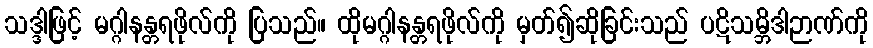
သဒ္ဒါဖြင့် မဂ္ဂါနန္တရဖိုလ်ကို ပြသည်။ ထိုမဂ္ဂါနန္တရဖိုလ်ကို မှတ်၍ဆိုခြင်းသည် ပဋိသမ္ဘိဒါဉာဏ်ကို